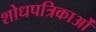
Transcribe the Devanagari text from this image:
शोधपत्रिकाओं